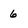
Character: 6